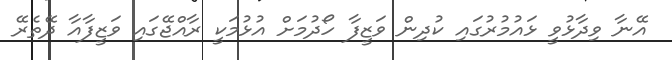
އޭނާ ވިދާޅުވީ ޅައުމުރުގައި ކުދިން ވަޒީފާ ހޯދުމަށް އުޅުމަކީ ރާއްޖޭގައި ވަޒީފާއާ ދޭތެރޭ